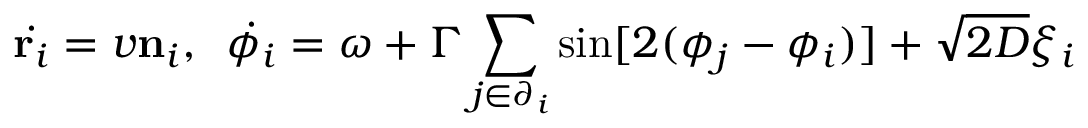
\dot { \mathbf { r } _ { i } } = v \mathbf { n } _ { i } , \, \ \dot { \phi _ { i } } = \omega + \Gamma \sum _ { j \in \partial _ { i } } \sin [ 2 ( \phi _ { j } - \phi _ { i } ) ] + \sqrt { 2 D } \xi _ { i }